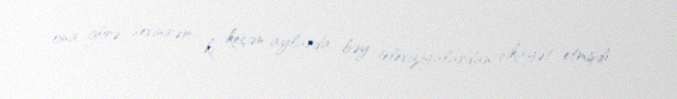
ona görə sevinirəm ki, keçən aylarda bəy televiziyalardan şikayət etmişdi.